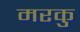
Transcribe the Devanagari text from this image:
मरकु